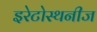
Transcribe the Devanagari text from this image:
इरेटोस्थनीज